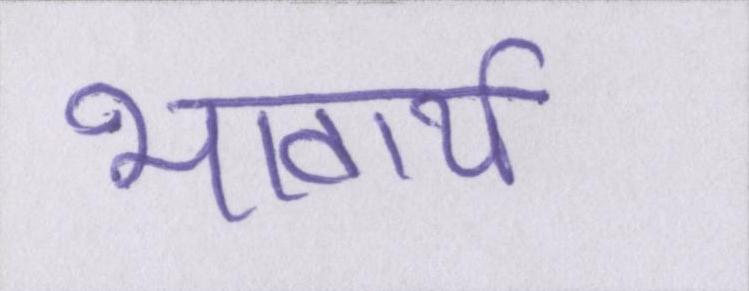
भावार्थ